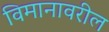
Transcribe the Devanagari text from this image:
विमानावरील